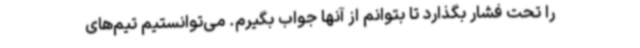
را تحت فشار بگذارد تا بتوانم از آنها جواب بگیرم. می‌توانستیم تیم‌های